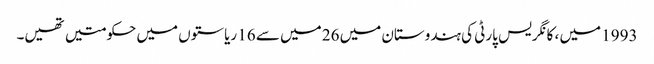
1993 میں ، کانگریس پارٹی کی ہندوستان میں 26 میں سے 16 ریاستوں میں حکومتیں تھیں۔